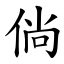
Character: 倘